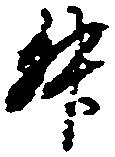
升